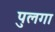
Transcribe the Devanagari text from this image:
पुलगा